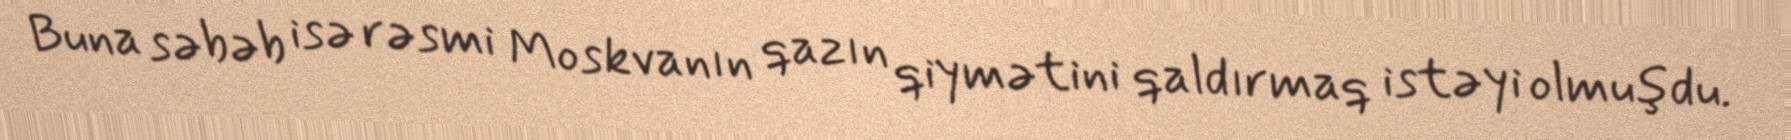
Buna səbəb isə rəsmi Moskvanın qazın qiymətini qaldırmaq istəyi olmuşdu.